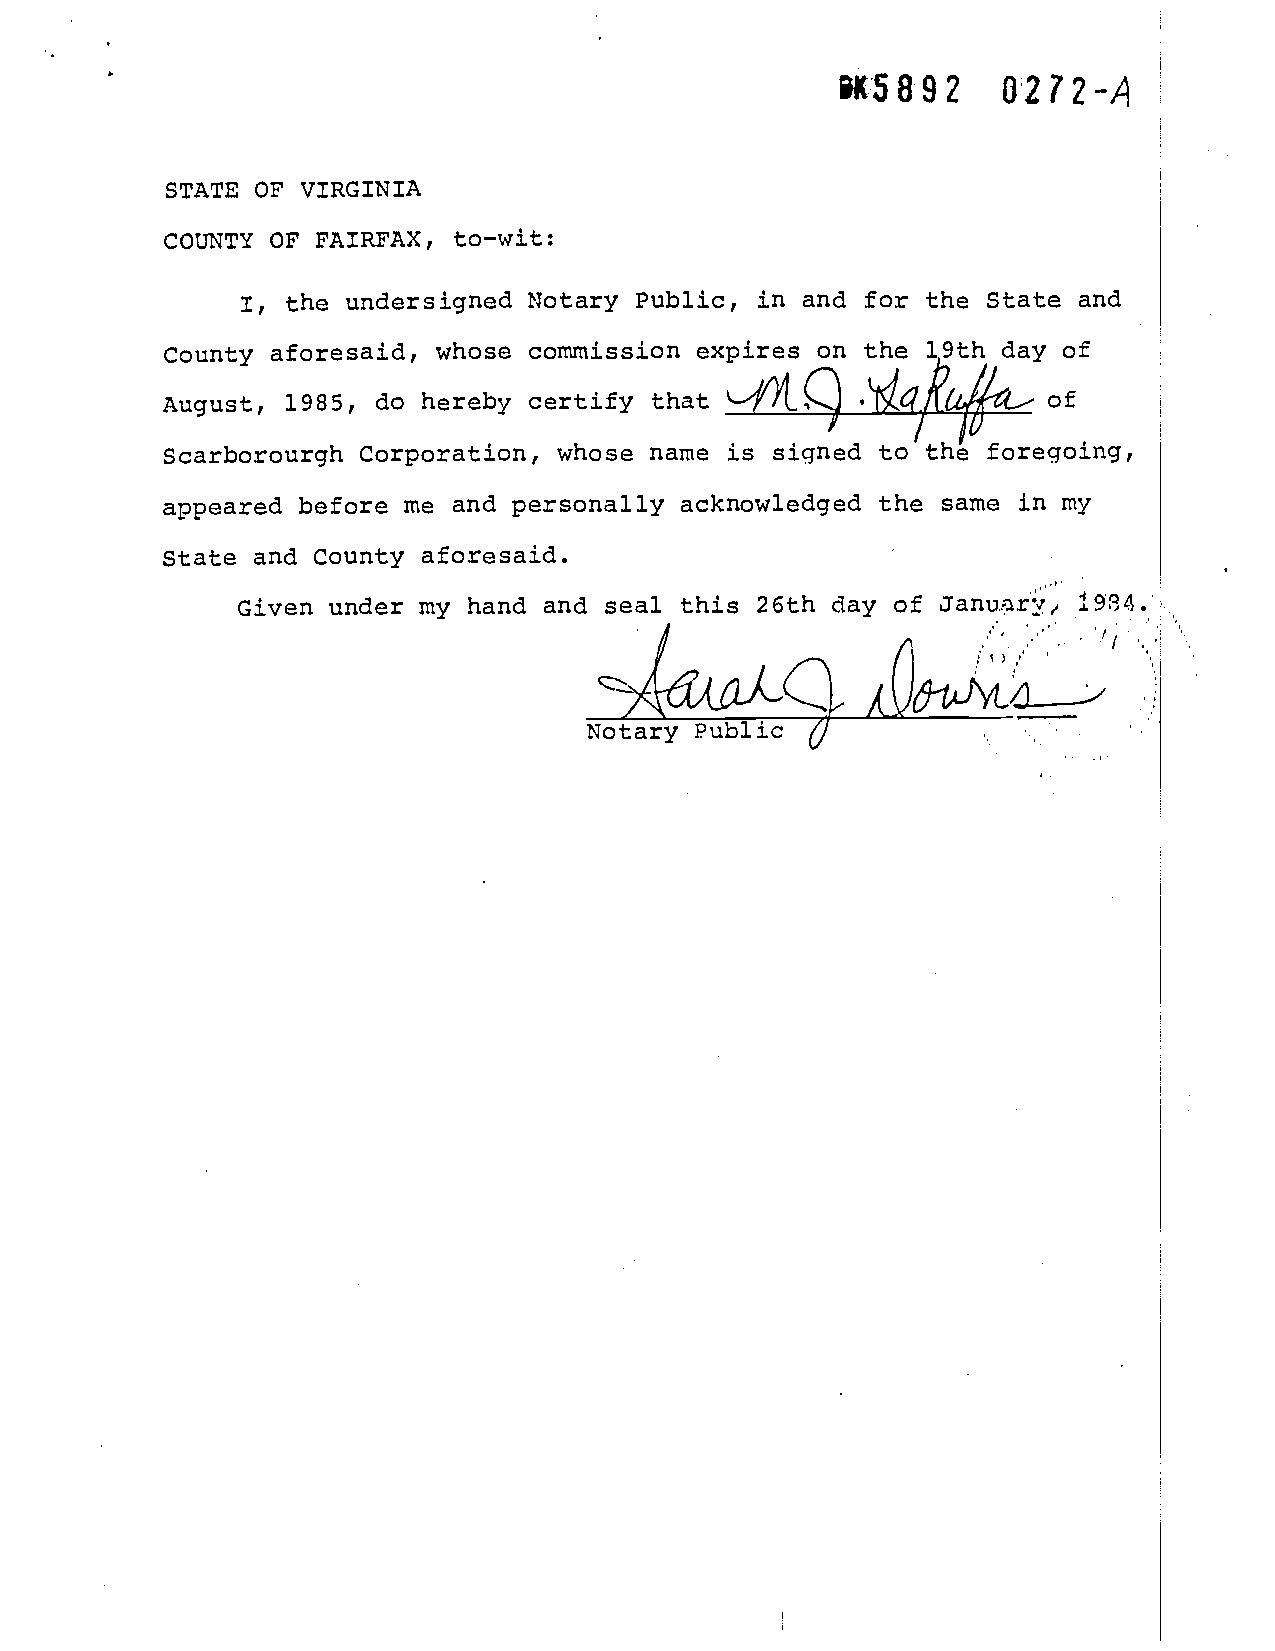
99XX55889922 00227722--AA
 SSTTAATTEE OOFF VVIIRRGGIINNIIAA
 CCOOUUNNTTYY OOFF FFAAIIRRFFAAXX,, ttoo——wwiitt::
 II,, ththee u unnddeerrssiiggnneedd NNoottaarryy PPuubblilicc,, iinn aanndd ffoorr tthhee SSttaattee aanndd
 CCoouunnttyy aaffoorreessaaiidd,, wwhhoossee ccoommmmiissssiioonn eexxppiirreess oonn tthhee 1199tthh ddaayy ooff
 of
 AAuugguusstt,, 1 918958,5 ,d o dhoe rheebrye cbeyr tciefryt tihfayt that tQ of
 SSccaarrbboorroouurrgghh CCoorrppoorraattiioonn,, wwhhoossee nnaammee iiss ssiiggnneedd ttoo tthhee ffoorreeggooiinngg,,
 aappppeeaarreedd bbeeffoorree mmee aanndd ppeerrssoonnaallllyy aacckknnoowwlleeddggeedd tthhee ssaammee iinn mmyy
 SSttaattee aanndd CCoouunnttyy aaffoorreessaaiidd..
 GGiivveenn uunnddeerr mmyy hhaanndd aanndd sseeaall tthhiiss 2266tthh ddaayy ooff Jaannuuaarrjy,, 11993344..
 NNoottaarryy PPuubblliicc      .